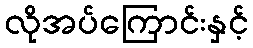
လိုအပ်ကြောင်းနှင့်